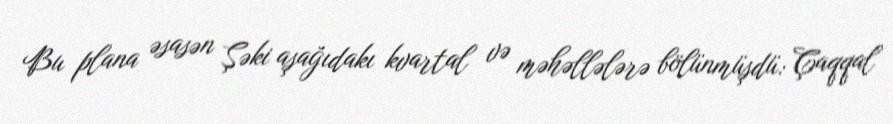
Bu plana əsasən Şəki aşağıdakı kvartal və məhəllələrə bölünmüşdü: Çaqqal